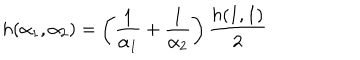
h ( \alpha _ { 1 } , \alpha _ { 2 } ) = \left( \frac { 1 } { \alpha _ { 1 } } + \frac { 1 } { \alpha _ { 2 } } \right) \frac { h ( 1 , 1 ) } { 2 }